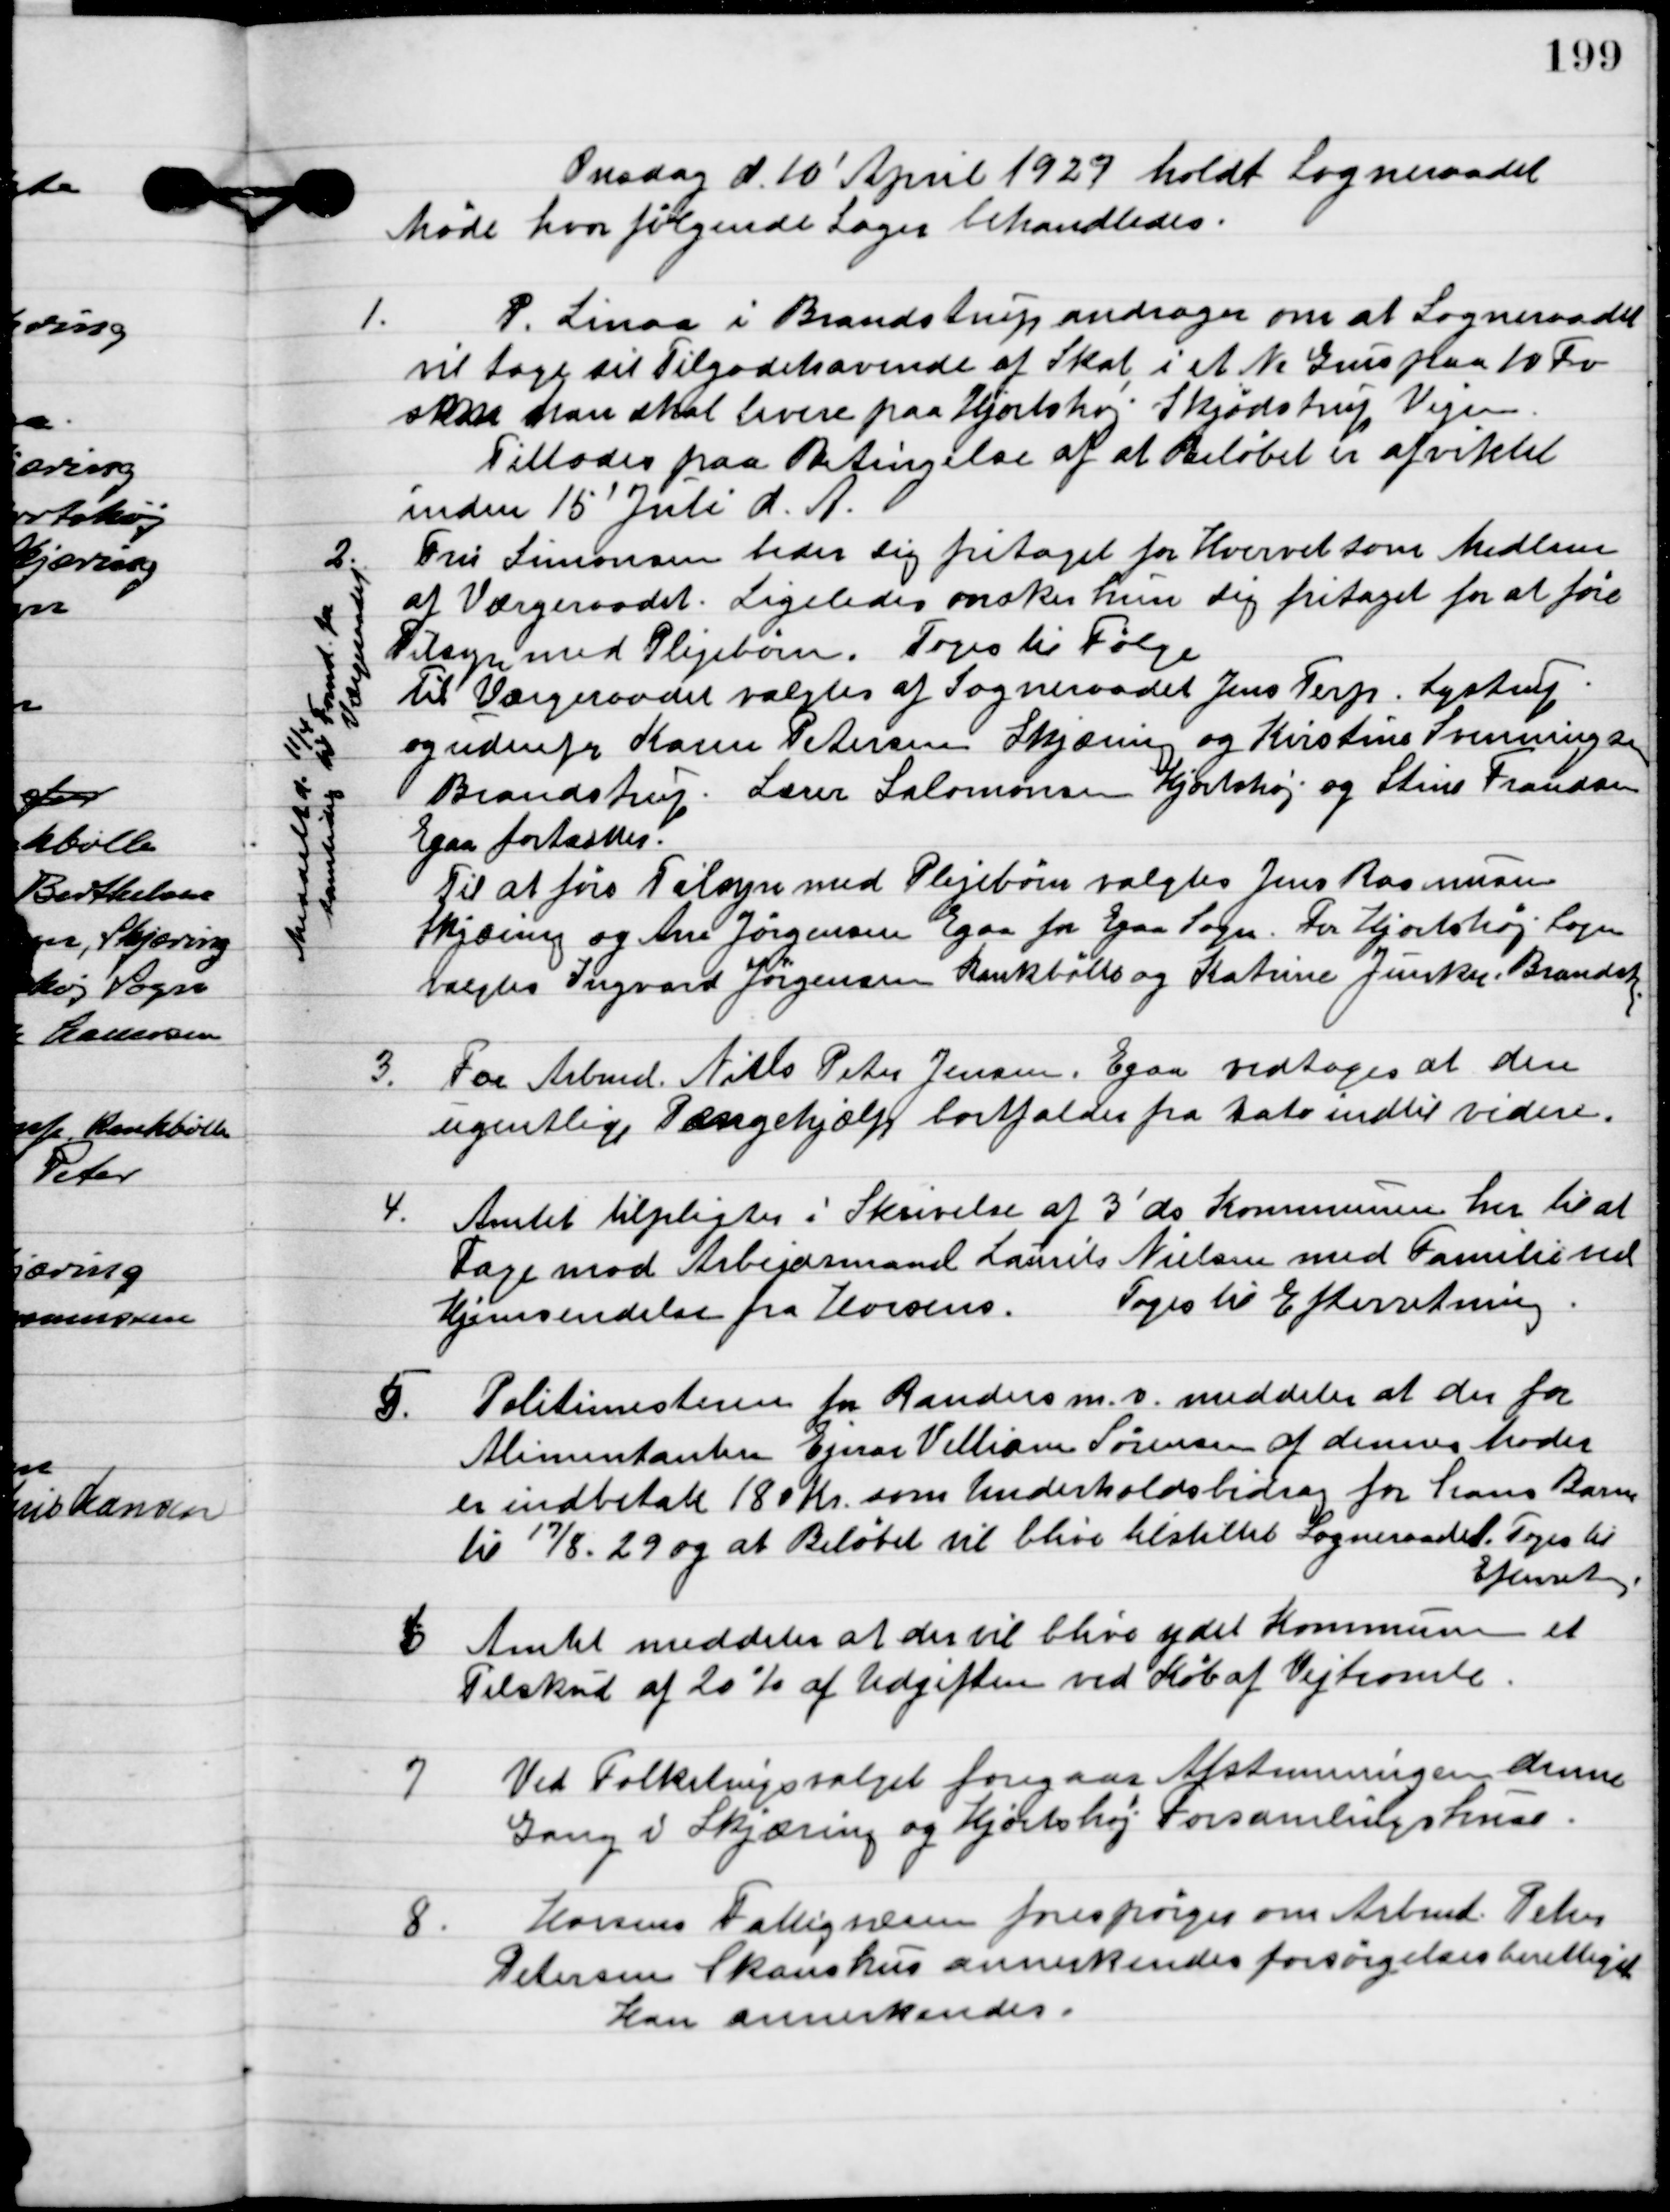
Transskription:
Onsdag d. 10. April 1929 holdt sognerådet
møde hvor følgende sager behandledes.

1

P. Linå i Brandstrup andragen om at Sognerådet 
vil tage sit Tilgodehavende af Skat i et Nr. Grus paa 10 fv
som han skal levere på Hjortshøj Skødstrup Vejen. 
Tilstodes paa betingelse af at beløb er afviklet 
inden 15 Juli d. A.

2

Meddelt 11/4,
samtidig til
Formanden for
Værgerådet

Fru Simonsen beder sig fritaget for Hvervet som Medlem 
af Værgerådet. Ligeledes ønsker hun sig fritaget for at føre 
tilsyn med Plejebørn. Toges til følge. 
Til Værgeraadet valgtes af Sogneraadet Jens Terp, Lystrup 
og udenfra Karen Petersen Skjæring og Kirstine Svenningsen 
Brandstrup. Lærer Salomonsen Hjortshøj og Stine Frandsen 
Egaa fortsætter.
Til at føre Tilsyn med Plejebørn valgtes Jens Rasmussen
 Skjæring og Ana Jørgensen Egaa fra Egaa Sogn. For Hjortshøj sogn 
valgtes Ingvard Jørgensen Kankbølle og Katrine Junker, Brandstrup.

3

For Arbmd. Niels Peter Jensen, Egaa vedtoges at den
ugentlige Pengehjælp bortfalder fra dato indtil videre.

4

Amtet tilpligter i Skrivelse af 3´ds. Kommunen her til at
Tage mod Arbejdsmand Laurits Nielsen med familie ved
Hjemsendelse fra Horsens.
Toges til Efterretning.

5

Politimesteren fra Randers m.v. meddeles at der for
Alimentanten Ejnar Villiam Sørensen denne havde
er indbetalt 180 kr. som underholdsbidrag for hans barn
til 17/8. 29 og at Beløbet vil blive tilstillet Sogneraadet. Tages til
Efterretning.

6

Amtet meddelelse at der vil blive ydet kommunen et
Tilskud af 20 % af Udgiften ved Køb af Vejtromle.

7

Ved Folketingsvalget foregår Afstemningen denne
Gang v Skjæring og Hjortshøj forsamlingshus.

8

Horsens Fattigvæsen forespørges om Arbmd. Peter
Petersen Skanshus annerkendes forsørgelsesberettiget.
Kan annerkendes.